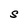
Character: S